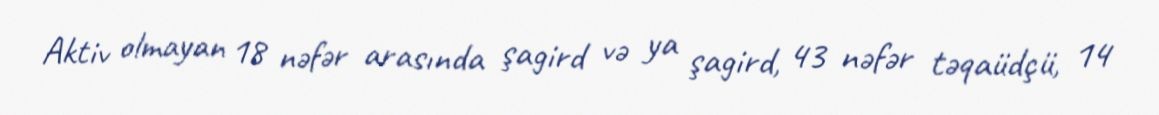
Aktiv olmayan 18 nəfər arasında şagird və ya şagird, 43 nəfər təqaüdçü, 14